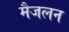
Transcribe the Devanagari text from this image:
मैजलन